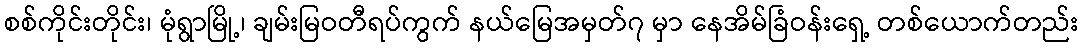
စစ်ကိုင်းတိုင်း၊ မုံရွာမြို့၊ ချမ်းမြဝတီရပ်ကွက် နယ်မြေအမှတ်၇ မှာ နေအိမ်ခြံဝန်းရှေ့ တစ်ယောက်တည်း